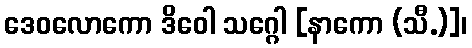
ဒေဝလောကော ဒိဝေါ သဂ္ဂေါ [နာကော (သီ.)]၊